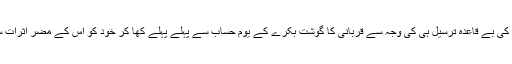
کئی جگہوں پر بجلی کی بے قاعدہ ترسیل ہی کی وجہ سے قربانی کا گوشت بکرے کے یومِ حساب سے پہلے پہلے کھا کر خود کو اُس کے مضر اثرات سے بچا لیا جاتا ہے ۔